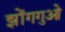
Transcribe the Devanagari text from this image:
झोंगगुओ